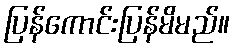
ပြန်ကောင်းပြန်မိမည်။